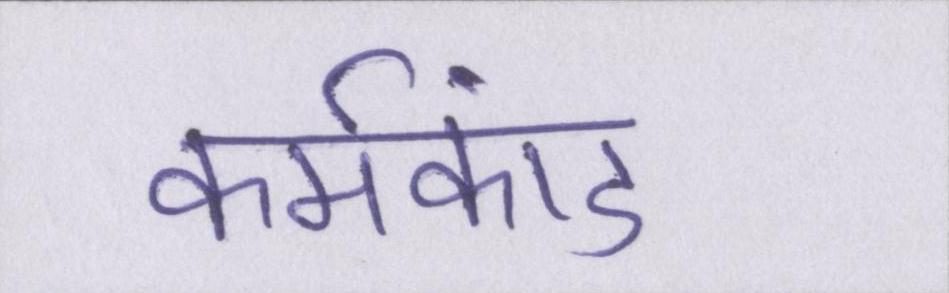
कर्मकांड